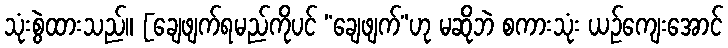
သုံးစွဲထားသည်။ [ချေဖျက်ရမည်ကိုပင် “ချေဖျက်”ဟု မဆိုဘဲ စကားသုံး ယဉ်ကျေးအောင်